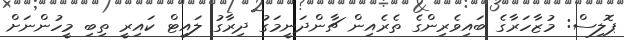
ޕޮލިސް: މުޒާހަރާގެ ބައިވެރިންގެ ތެރެއިން ޗާންދަނީމަގު ދިރާގު ލައިޓް ކައިރީ ތިބި މީހުންނަަށް